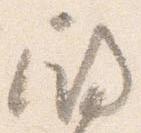
殿